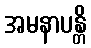
အမနာပန္တိ